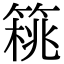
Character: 𥰜